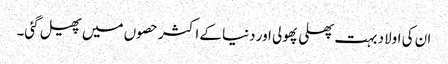
ان کی اولاد بہت پھلی پھولی اور دنیا کے اکثر حصوں میں پھیل گئی۔